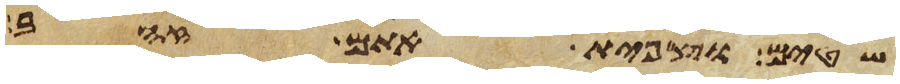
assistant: שטים וצפית אתם זהב